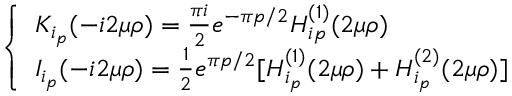
\left\{ \begin{array} { l l } { { K _ { i _ { p } } ( - i 2 \mu \rho ) = \frac { \pi i } { 2 } e ^ { - \pi p / 2 } H _ { i p } ^ { ( 1 ) } ( 2 \mu \rho ) } } & { { } } \\ { { I _ { i _ { p } } ( - i 2 \mu \rho ) = \frac { 1 } { 2 } e ^ { \pi p / 2 } [ H _ { i _ { p } } ^ { ( 1 ) } ( 2 \mu \rho ) + H _ { i _ { p } } ^ { ( 2 ) } ( 2 \mu \rho ) ] } } \end{array} \right.